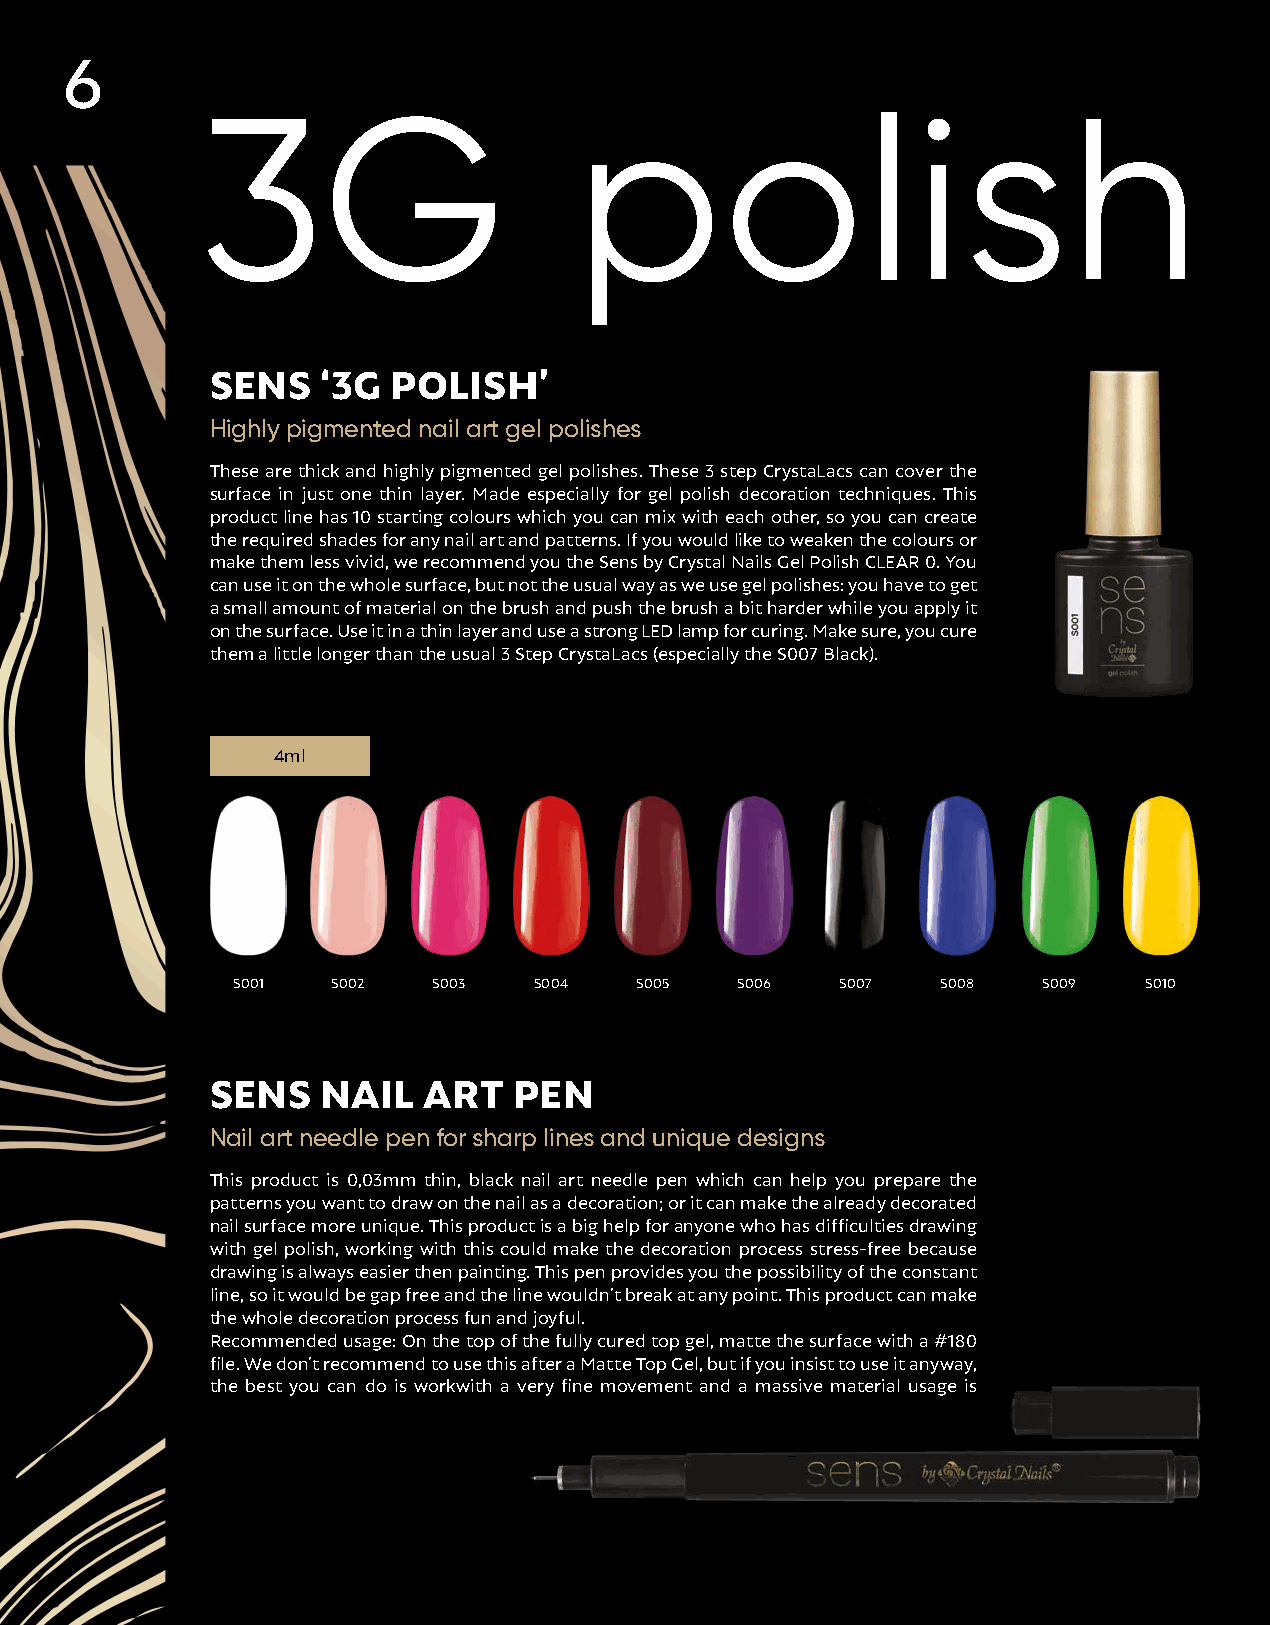
6
 3G                       polish
 SENS   ‘3G  POLISH’
 Highly pigmented nail art gel polishes
 These are thick and highly pigmented gel polishes. These 3 step CrystaLacs can cover the
 surface in just one thin layer. Made especially for gel polish decoration techniques. This
 product line has 10 starting colours which you can mix with each other, so you can create
 the required shades for any nail art and patterns. If you would like to weaken the colours or
 make them less vivid, we recommend you the Sens by Crystal Nails Gel Polish CLEAR 0. You
 can use it on the whole surface, but not the usual way as we use gel polishes: you have to get
 a small amount of material on the brush and push the brush a bit harder while you apply it
 on the surface. Use it in a thin layer and use a strong LED lamp for curing. Make sure, you cure
 them a little longer than the usual 3 Step CrystaLacs (especially the S007 Black).
 4ml
 S001   S002   S003  S004   S005   S006   S007  S008   S009   S010
 SENS   NAIL   ART   PEN
 Nail art needle pen for sharp lines and unique designs
 This product is 0,03mm thin, black nail art needle pen which can help you prepare the
 patterns you want to draw on the nail as a decoration; or it can make the already decorated
 nail surface more unique. This product is a big help for anyone who has difficulties drawing
 with gel polish, working with this could make the decoration process stress-free because
 drawing is always easier then painting. This pen provides you the possibility of the constant
 line, so it would be gap free and the line wouldn’t break at any point. This product can make
 the whole decoration process fun and joyful.
 Recommended usage: On the top of the fully cured top gel, matte the surface with a #180
 file. We don’t recommend to use this after a Matte Top Gel, but if you insist to use it anyway,
 the best you can do is workwith a very fine movement and a massive material usage is